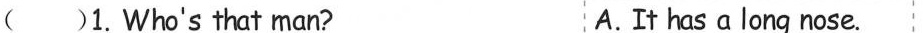
( )1. Who's that man? A.It has a long nose.